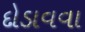
દોડાવવા